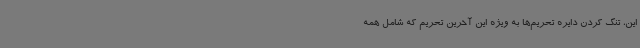
این، تنگ کردن دایره تحریم‌ها به ویژه این آخرین تحریم که شامل همه